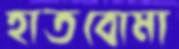
হাতবোমা